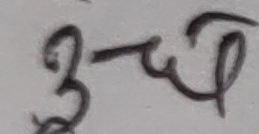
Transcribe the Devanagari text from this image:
३- च १